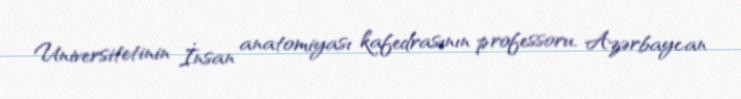
Universitetinin İnsan anatomiyası kafedrasının professoru, Azərbaycan